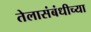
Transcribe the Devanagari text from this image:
तेलासंबंधीच्या